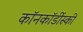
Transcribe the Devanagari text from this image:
कॉनकॉर्डीस्की